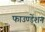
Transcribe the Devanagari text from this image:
फाउण्डेंशन